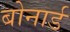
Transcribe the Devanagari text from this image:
बोनार्ड